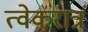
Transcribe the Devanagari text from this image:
त्वेकरात्रं